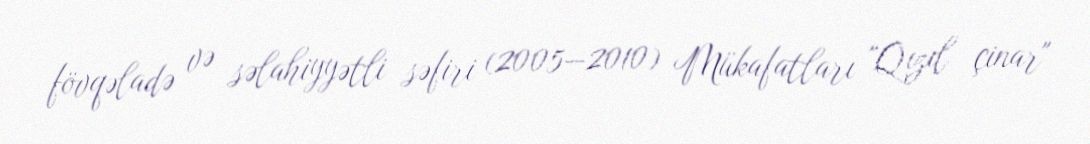
fövqəladə və səlahiyyətli səfiri (2005—2010) Mükafatları "Qızıl çinar"